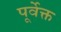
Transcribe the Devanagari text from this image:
पूर्वेक्त